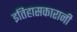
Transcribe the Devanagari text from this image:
इतिहासकारानी